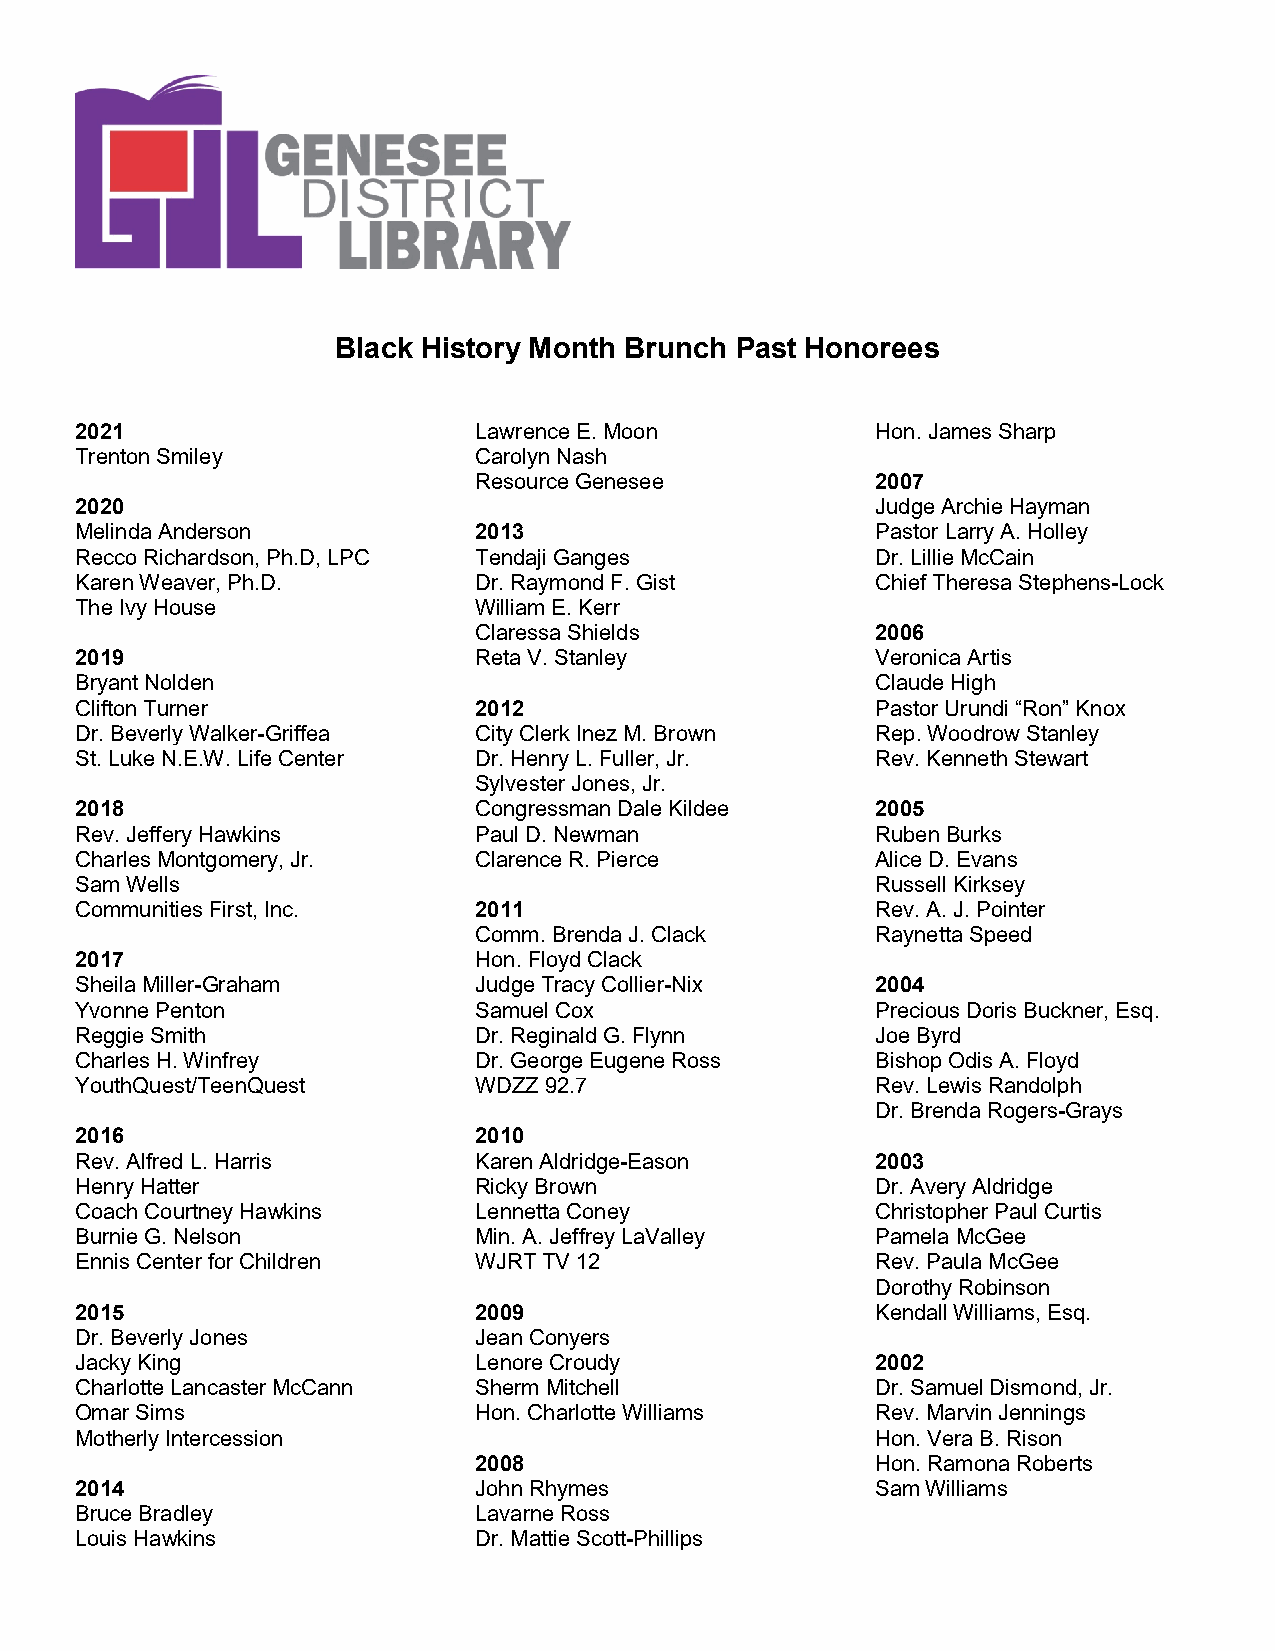
Black History Month Brunch Past Honorees
 2021                      Lawrence E. Moon           Hon. James Sharp
 Trenton Smiley            Carolyn Nash
 Resource Genesee           2007
 2020                                                 Judge Archie Hayman
 Melinda Anderson          2013                       Pastor Larry A. Holley
 Recco Richardson, Ph.D, LPC Tendaji Ganges           Dr. Lillie McCain
 Karen Weaver, Ph.D.       Dr. Raymond F. Gist        Chief Theresa Stephens-Lock
 The Ivy House             William E. Kerr
 Claressa Shields           2006
 2019                      Reta V. Stanley            Veronica Artis
 Bryant Nolden                                        Claude High
 Clifton Turner            2012                       Pastor Urundi “Ron” Knox
 Dr. Beverly Walker-Griffea City Clerk Inez M. Brown  Rep. Woodrow Stanley
 St. Luke N.E.W. Life Center Dr. Henry L. Fuller, Jr. Rev. Kenneth Stewart
 Sylvester Jones, Jr.
 2018                      Congressman Dale Kildee    2005
 Rev. Jeffery Hawkins      Paul D. Newman             Ruben Burks
 Charles Montgomery, Jr.   Clarence R. Pierce         Alice D. Evans
 Sam Wells                                            Russell Kirksey
 Communities First, Inc.   2011                       Rev. A. J. Pointer
 Comm. Brenda J. Clack      Raynetta Speed
 2017                      Hon. Floyd Clack
 Sheila Miller-Graham      Judge Tracy Collier-Nix    2004
 Yvonne Penton             Samuel Cox                 Precious Doris Buckner, Esq.
 Reggie Smith              Dr. Reginald G. Flynn      Joe Byrd
 Charles H. Winfrey        Dr. George Eugene Ross     Bishop Odis A. Floyd
 YouthQuest/TeenQuest      WDZZ 92.7                  Rev. Lewis Randolph
 Dr. Brenda Rogers-Grays
 2016                      2010
 Rev. Alfred L. Harris     Karen Aldridge-Eason       2003
 Henry Hatter              Ricky Brown                Dr. Avery Aldridge
 Coach Courtney Hawkins    Lennetta Coney             Christopher Paul Curtis
 Burnie G. Nelson          Min. A. Jeffrey LaValley   Pamela McGee
 Ennis Center for Children WJRT TV 12                 Rev. Paula McGee
 Dorothy Robinson
 2015                      2009                       Kendall Williams, Esq.
 Dr. Beverly Jones         Jean Conyers
 Jacky King                Lenore Croudy              2002
 Charlotte Lancaster McCann Sherm Mitchell            Dr. Samuel Dismond, Jr.
 Omar Sims                 Hon. Charlotte Williams    Rev. Marvin Jennings
 Motherly Intercession                                Hon. Vera B. Rison
 2008                       Hon. Ramona Roberts
 2014                      John Rhymes                Sam Williams
 Bruce Bradley             Lavarne Ross
 Louis Hawkins             Dr. Mattie Scott-Phillips